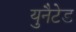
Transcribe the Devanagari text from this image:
युनैटेड